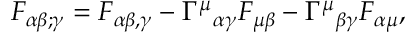
F _ { \alpha \beta ; \gamma } = F _ { \alpha \beta , \gamma } - { \Gamma ^ { \mu } } _ { \alpha \gamma } F _ { \mu \beta } - { \Gamma ^ { \mu } } _ { \beta \gamma } F _ { \alpha \mu } ,